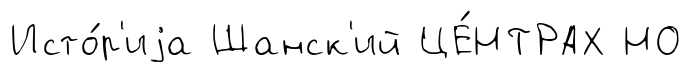
Исто́р'иjа Шанск'ий ЦЕ́НТРАХ НО